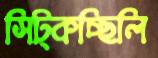
সিট্‌কচ্ছিলি